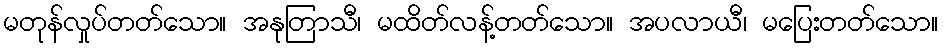
မတုန်လှုပ်တတ်သော။ အနုတြာသီ၊ မထိတ်လန့်တတ်သော။ အပလာယီ၊ မပြေးတတ်သော။